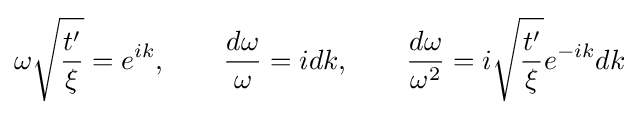
\omega {\sqrt {\frac {t'}{\xi }}}=e^{ik},\qquad {\frac {d\omega }{\omega }}=idk,\qquad {\frac {d\omega }{\omega ^{2}}}=i{\sqrt {\frac {t'}{\xi }}}e^{-ik}dk